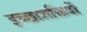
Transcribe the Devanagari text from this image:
इच्छाशक्तियों